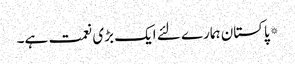
*پاکستان ہمارے لئے ایک بڑی نعمت ہے۔